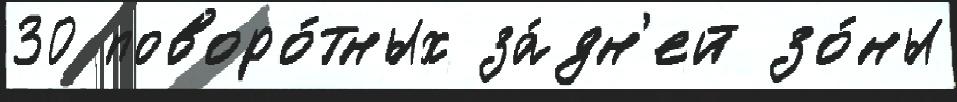
30 поворо́тных за́дн'ей зо́ны